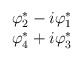
\begin{align*}\begin{array}{c}\varphi^{*}_{2} - i\varphi^{*}_{1}\\\varphi^{*}_{4} + i\varphi^{*}_{3}\\\end{array}\end{align*}